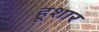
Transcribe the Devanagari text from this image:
हूशार